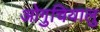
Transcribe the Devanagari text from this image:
ओगुचियालु